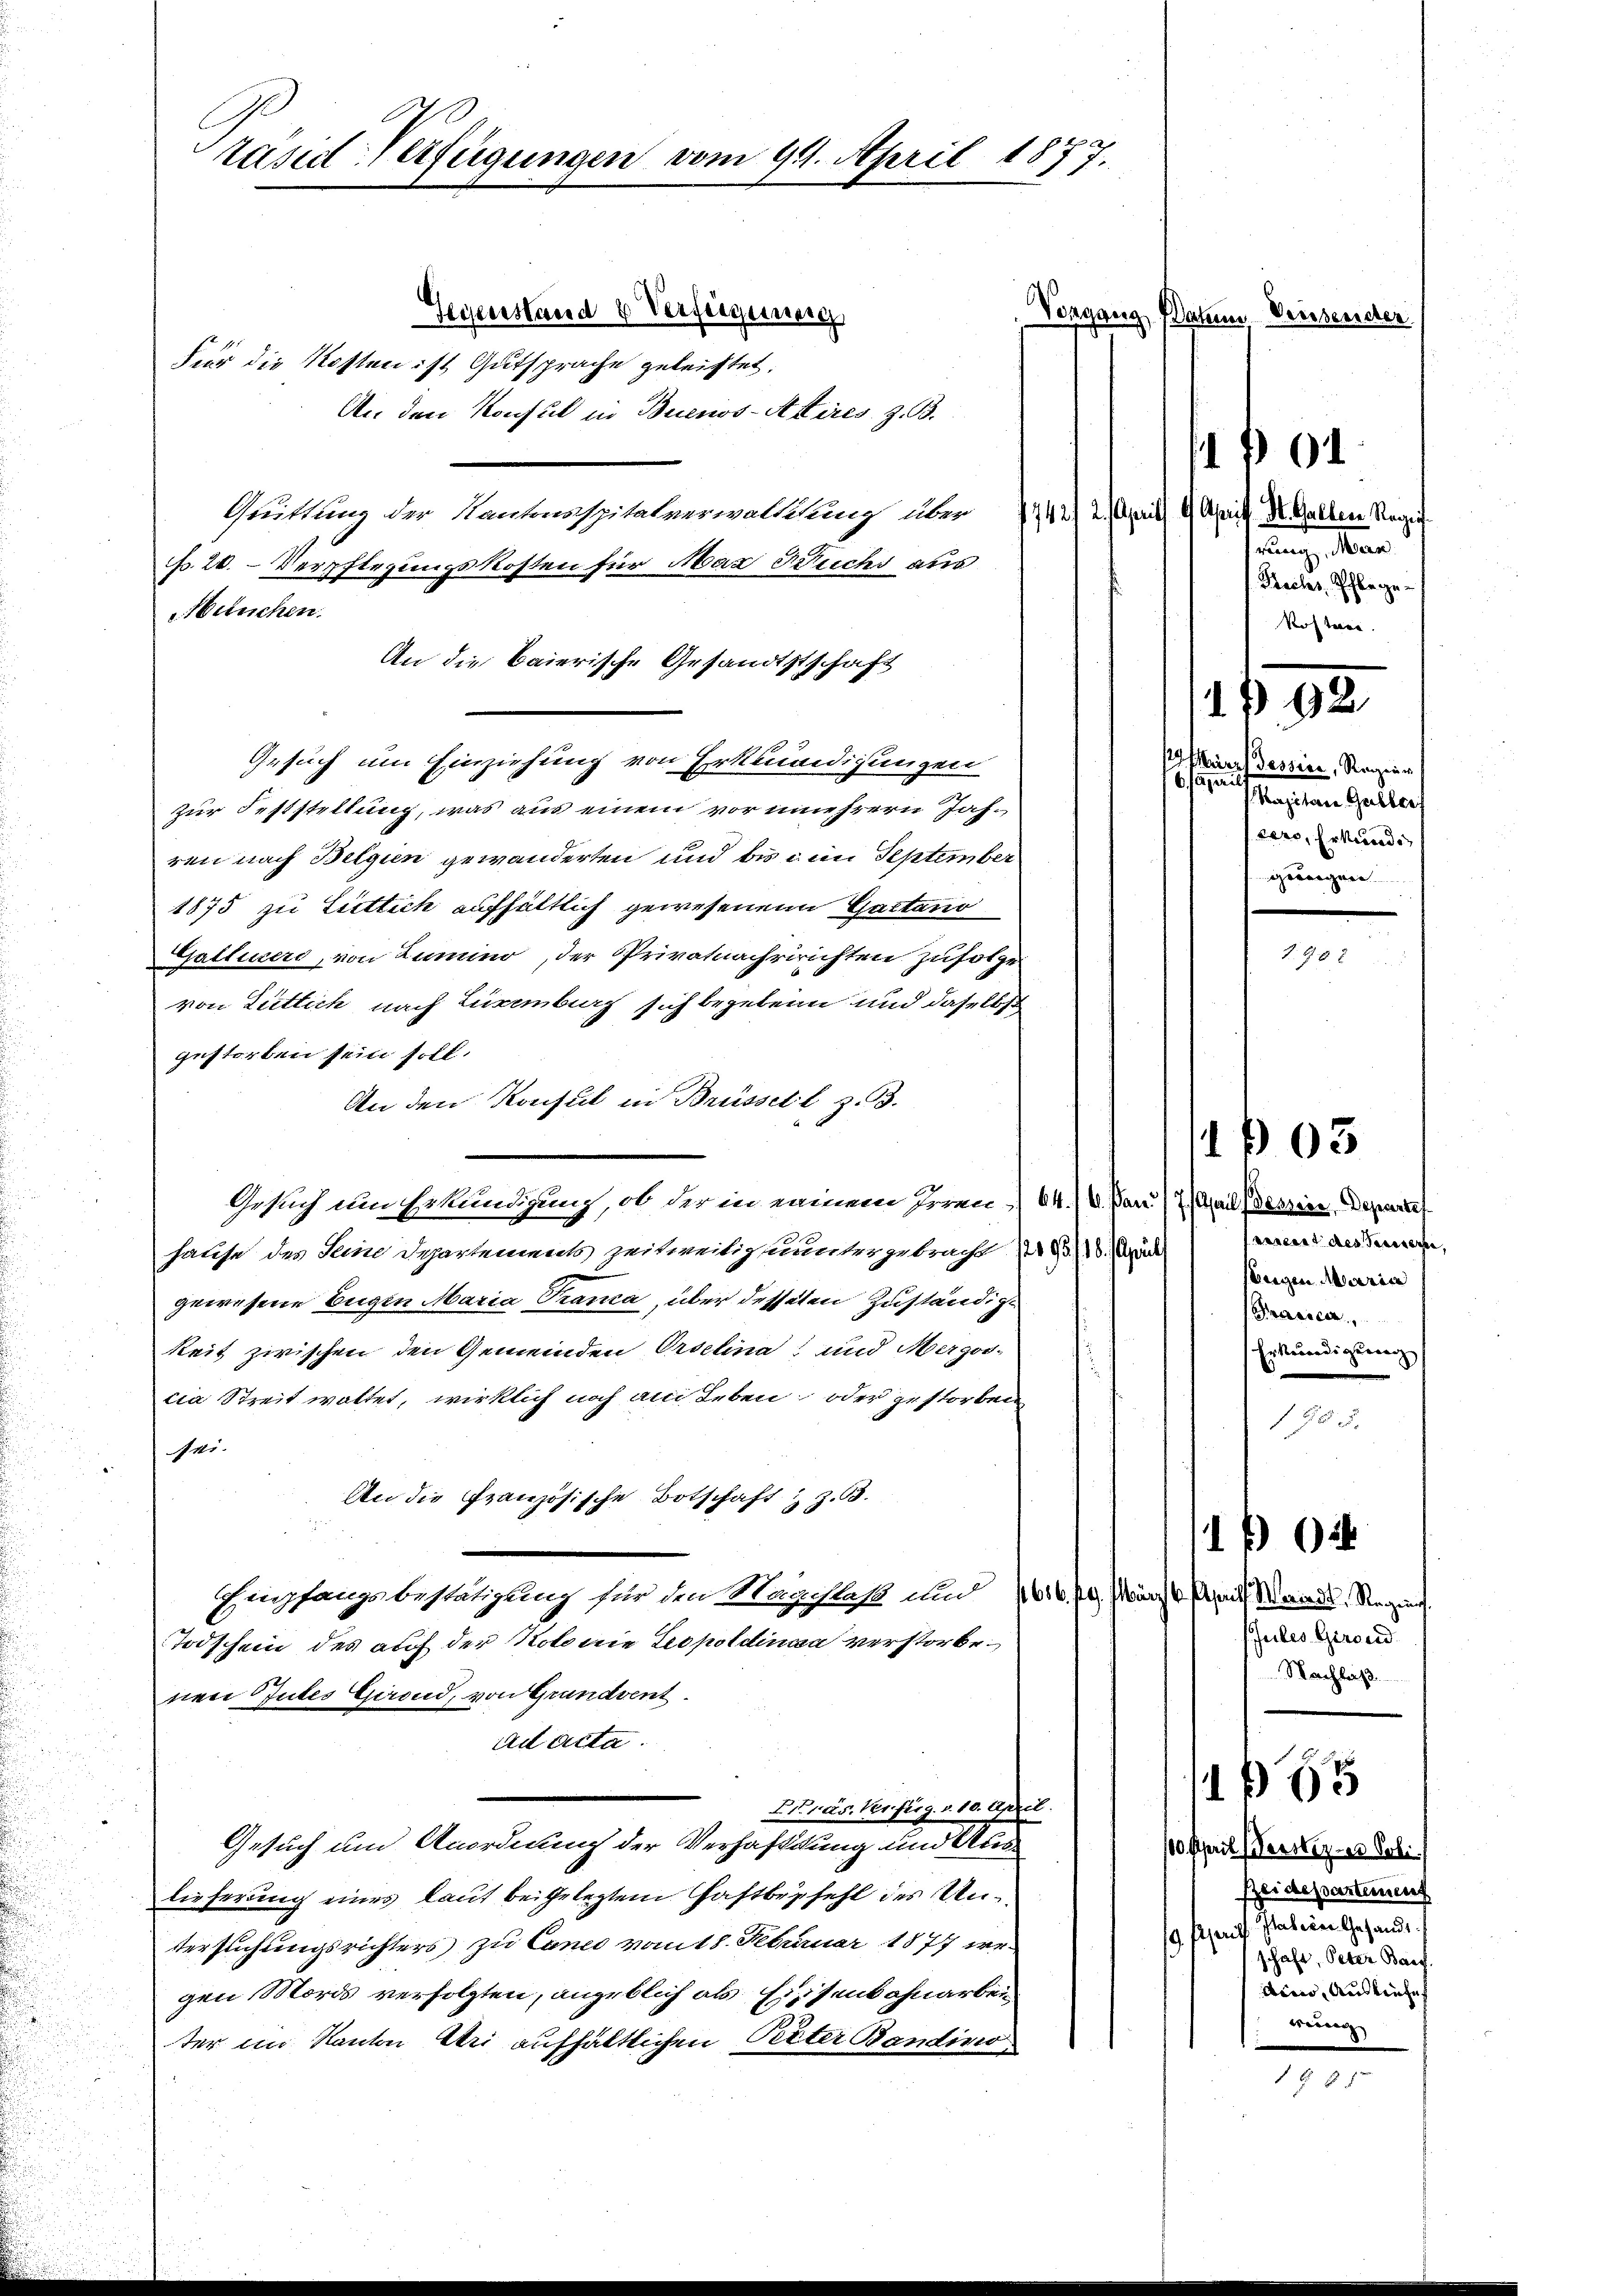
räsid. Verfügungen vom 94. April 1877.

Gegenstand & Verfeignung
Für die Kosten ist Gutsprache geleistet.
An den Konsul in Buenos-Attires, z. B.
Quittung der Kantonsspitalverwaltitung über
s
N. 20. Verpflegungskosten für Mar Buchs aus
Neluchen.
An die baierische Gesandtstschaft
1
Gesuch um Einziehung von Erkländigungen
zur Feststellung, was aus einem vor unmehrern Jahren nach Belgien gewanderten und bis ein September
1875 zu Littich aufhältlich gewesenen Gattano
Gattiners, von Lumino, der Privatnachririchten zufolge
von Lütlich nach Luxenburg sich begebenn und daselbst
gestorben sein soll.
An den Konsul in Brüsselt, z. 3.
Gesuch um Erkundigung, ob der in einem Irrende
hause des Seine Departements zeitweilig nuntergebracht (s. Brude
gewesene Eigen Maria Tranca, über desselen Zuständige
keit zwischen den Gemeinden Orselina, und Mergoscia Streit waltet, wirklich noch am Leben oder gestorben
sei-
An die Französische Botschaft z. Z. 63.
Empfangsbestätigung für den Maschlaß und 1616, 19. März v. Paul Wernel, Regin
Todschein des auf der Notonie Leopoldinea verstorbenen Gutes Girend, von Grundvent.
ad acta.
Fräs. Kerfirg. v. 10. April.
Gesuch um Anordnung der Verhaftung und Aus
lieferung eines laut beigelegten Haftbefehl des Un¬
 fe
tersuchungsrichters zu Cance vom 18. Februar 1877 wergen Mords verfolgten, angeblich als Eisenbahnarbeiter im Kanton Uri aufhältlichen Peter Bandino

Vorgang Datum Versender

2. April 6. April. St. Gallen Regi
rung, Man
Preches, Pflege¬
Roftner.

9 Maire Tessive, Regier
6. April
Kajetan Galler
cero, Erkunde
gesorgen

101

98

1103

16. Jan. 17. Apal (Granien, Departef
Ferient des Peteressen,
Beigen Marien
Prasicer
Erkundigung

1 f 24
Jules Girond
Nachlas

165

1 f 2

8

/00 April (Gerster - Poli
Reidepartement
Italien Gesandt
schaft, Peter Barg
Aino, Ausliefe
rung